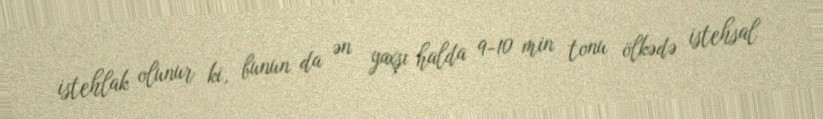
istehlak olunur ki, bunun da ən yaxşı halda 9-10 min tonu ölkədə istehsal